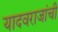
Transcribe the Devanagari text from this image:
यादवराजांची